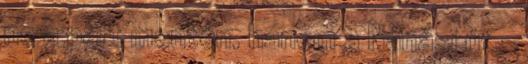
ne a part mentén, hanem a Nánási út -